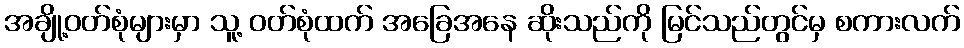
အချို့ဝတ်စုံများမှာ သူ့ ဝတ်စုံထက် အခြေအနေ ဆိုးသည်ကို မြင်သည်တွင်မှ စကားလက်